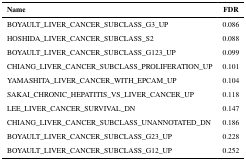
<table><thead><tr><td><b>Name</b></td><td><b>FDR</b></td></tr></thead><tbody><tr><td>BOYAULT_LIVER_CANCER_SUBCLASS_G3_UP</td><td>0.086</td></tr><tr><td>HOSHIDA_LIVER_CANCER_SUBCLASS_S2</td><td>0.088</td></tr><tr><td>BOYAULT_LIVER_CANCER_SUBCLASS_G123_UP</td><td>0.099</td></tr><tr><td>CHIANG_LIVER_CANCER_SUBCLASS_PROLIFERATION_UP</td><td>0.101</td></tr><tr><td>YAMASHITA_LIVER_CANCER_WITH_EPCAM_UP</td><td>0.104</td></tr><tr><td>SAKAI_CHRONIC_HEPATITIS_VS_LIVER_CANCER_UP</td><td>0.118</td></tr><tr><td>LEE_LIVER_CANCER_SURVIVAL_DN</td><td>0.147</td></tr><tr><td>CHIANG_LIVER_CANCER_SUBCLASS_UNANNOTATED_DN</td><td>0.186</td></tr><tr><td>BOYAULT_LIVER_CANCER_SUBCLASS_G23_UP</td><td>0.228</td></tr><tr><td>BOYAULT_LIVER_CANCER_SUBCLASS_G12_UP</td><td>0.252</td></tr></tbody></table>